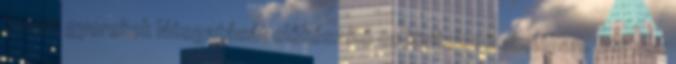
kezelt gyerekek látogatását előkészítő és kivitelező akcióban. Ott sok